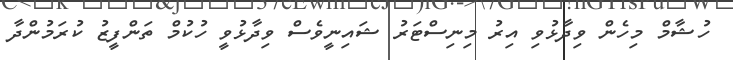
ހުޝާމް މިހެން ވިދާޅުވި އިރު މިނިސްޓަރު ޝައިނީވެސް ވިދާޅުވީ ހުކުމް ތަންފީޒު ކުރަމުންދާ